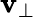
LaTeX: \mathbf{v}_{\bot}